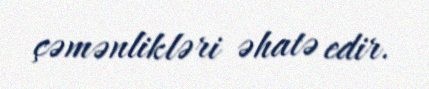
çəmənlikləri əhatə edir.